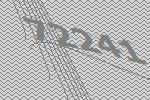
72241